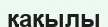
қақылы